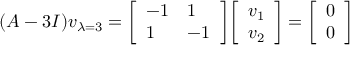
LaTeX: ( A - 3 I ) v _ { \lambda = 3 } = { \left[ \begin{array} { l l } { - 1 } & { 1 } \\ { 1 } & { - 1 } \end{array} \right] } { \left[ \begin{array} { l } { v _ { 1 } } \\ { v _ { 2 } } \end{array} \right] } = { \left[ \begin{array} { l } { 0 } \\ { 0 } \end{array} \right] }